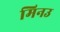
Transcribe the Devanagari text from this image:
मिनउ